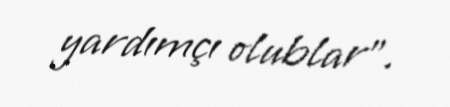
yardımçı olublar”.